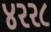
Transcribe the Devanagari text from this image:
४२२८